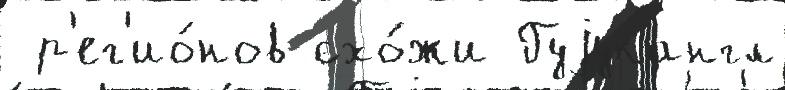
 р'ег'ио́нов схо́жи Гуjукангл